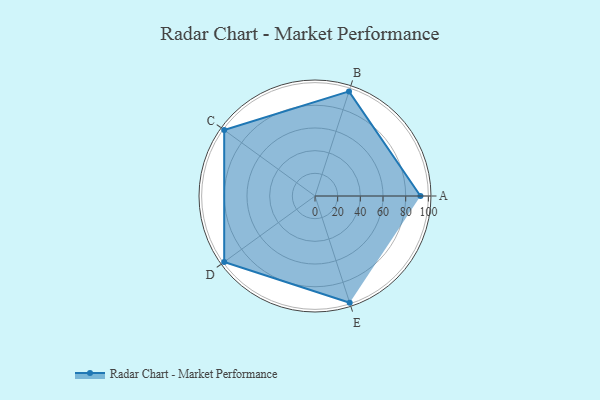
{"axis": {"x": "Skill", "y": "Score"}, "legend": ["Profile"], "data": [{"x": "A", "y": 93.0, "type": "Profile"}, {"x": "B", "y": 97.0, "type": "Profile"}, {"x": "C", "y": 99, "type": "Profile"}, {"x": "D", "y": 99, "type": "Profile"}, {"x": "E", "y": 99, "type": "Profile"}]}